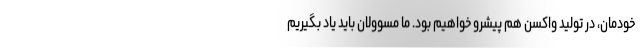
خودمان، در تولید واکسن هم پیشرو خواهیم بود. ما مسوولان باید یاد بگیریم